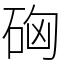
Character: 𥒚